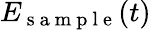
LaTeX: E_{\mathrm{~s~a~m~p~l~e~}}(t)